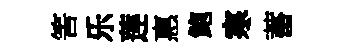
筈乐莲惠鲍寒蓄